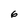
Character: 6